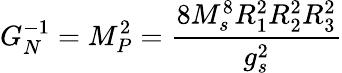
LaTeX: G_{N}^{-1}=M_{P}^{2}={\frac{8M_{s}^{8}R_{1}^{2}R_{2}^{2}R_{3}^{2}}{g_{s}^{2}}}